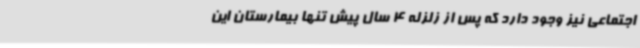
اجتماعی نیز وجود دارد که پس از زلزله 4 سال پیش تنها بیمارستان این